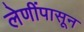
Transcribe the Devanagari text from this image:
लेणींपासून